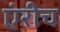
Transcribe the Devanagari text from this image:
एंरीच